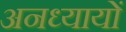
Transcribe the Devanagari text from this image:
अनध्यायों